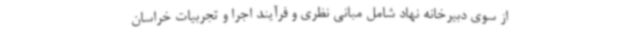
از سوی دبیرخانه نهاد شامل مبانی نظری و فرآیند اجرا و تجربیات خراسان